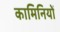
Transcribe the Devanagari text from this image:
कामिनियों